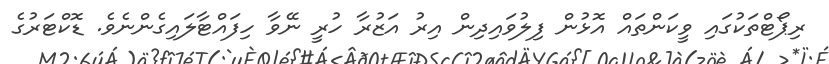
ރިޕޯޓްތަކުގައި ވީކަންތައް އޮޅުން ފިލުވައިދިން އިރު އަޒުރާ ހުރީ ނޭވާ ހިފައްޓާލައިގެންނެވެ. ޑޮކްޓަރުގެ